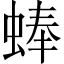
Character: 蜯